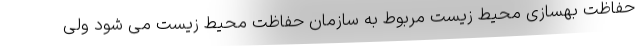
حفاظت بهسازی محیط زیست مربوط به سازمان حفاظت محیط زیست می شود ولی